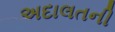
અદાલતની